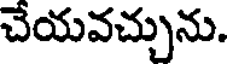
చేయవచ్చును.